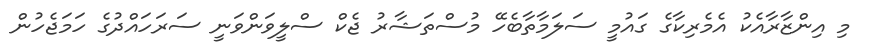
މި އިންޒާރާއެކު އެމެރިކާގެ ގައުމީ ސަލަމާތާބެހޭ މުސްތަޝާރު ޖެކް ސްލީވަންވަނީ ސަރަހައްދުގެ ހަމަޖެހުން